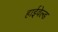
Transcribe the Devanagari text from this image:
हाईवेल्ड